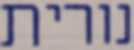
נורית